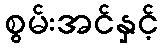
စွမ်းအင်နှင့်